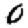
Digit: 0